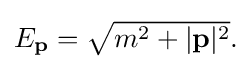
{\textstyle E_{\mathbf {p} }={\sqrt {m^{2}+|\mathbf {p} |^{2}}}.}